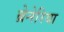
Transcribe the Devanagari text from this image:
ब्रेनेरिया